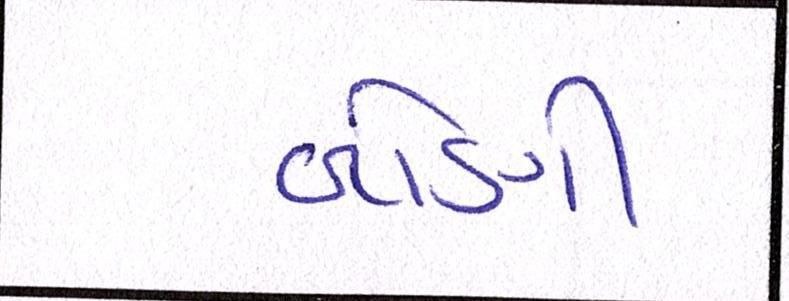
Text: બોણી